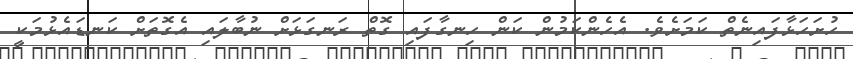
ހުށަހަޅާފައިނެތް ކަމަށެވެ. އެހެންކަމުން ކަން ހިނގާފައި ގޮތް ރަނގަޅަށް ނުބާލައި އެގޮތަށް ކަނޑައެޅުމަކީ